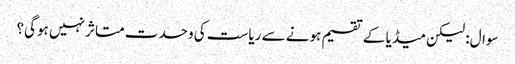
سوال: لیکن میڈیا کے تقسیم ہونے سے ریاست کی وحدت متاثر نہیں ہوگی؟